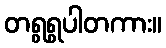
တရွရွပါတကား။